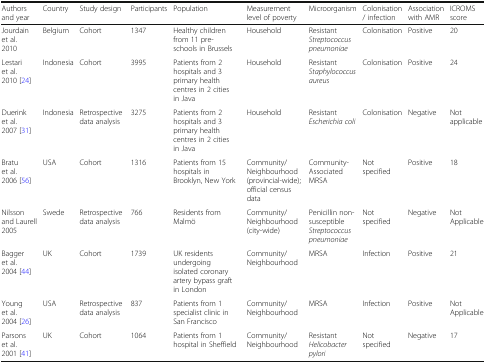
| Authors and year | Country | Study design | Participants | Population | Measurement level of poverty | Microorganism | Colonisation / infection | Association with AMR | ICROMS score |
 | --- | --- | --- | --- | --- | --- | --- | --- | --- | --- |
 | Jourdain et al. 2010 | Belgium | Cohort | 1347 | Healthy children from 11 pre-schools in Brussels | Household | Resistant Streptococcus pneumoniae | Colonisation | Positive | 20 |
 | Lestari et al. 2010 [24] | Indonesia | Cohort | 3995 | Patients from 2 hospitals and 3 primary health centres in 2 cities in Java | Household | Resistant Staphylococcus aureus | Colonisation | Positive | 24 |
 | Duerink et al. 2007 [31] | Indonesia | Retrospective data analysis | 3275 | Patients from 2 hospitals and 3 primary health centres in 2 cities in Java | Household | Resistant Escherichia coli | Colonisation | Negative | Not applicable |
 | Bratu et al. 2006 [56] | USA | Cohort | 1316 | Patients from 15 hospitals in Brooklyn, New York | Community/Neighbourhood (provincial-wide); official census data | Community-Associated MRSA | Not specified | Positive | 18 |
 | Nilsson and Laurell 2005 | Swede | Retrospective data analysis | 766 | Residents from Malmö | Community/Neighbourhood (city-wide) | Penicillin non-susceptibleStreptococcus pneumoniae | Not specified | Negative | Not Applicable |
 | Bagger et al. 2004 [44] | UK | Cohort | 1739 | UK residents undergoing isolated coronary artery bypass graft in London | Community/Neighbourhood | MRSA | Infection | Positive | 21 |
 | Young et al. 2004 [26] | USA | Retrospective data analysis | 837 | Patients from 1 specialist clinic in San Francisco | Community/Neighbourhood | MRSA | Infection | Positive | Not Applicable |
 | Parsons et al. 2001 [41] | UK | Cohort | 1064 | Patients from 1 hospital in Sheffield | Community/Neighbourhood | Resistant Helicobacter pylori | Not specified | Negative | 17 |